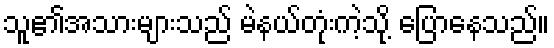
သူ၏အသားများသည် မဲနယ်တုံးကဲ့သို့ ပြောနေသည်။